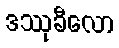
ဒဿုခီလော